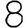
Digit: 8